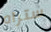
ستراه